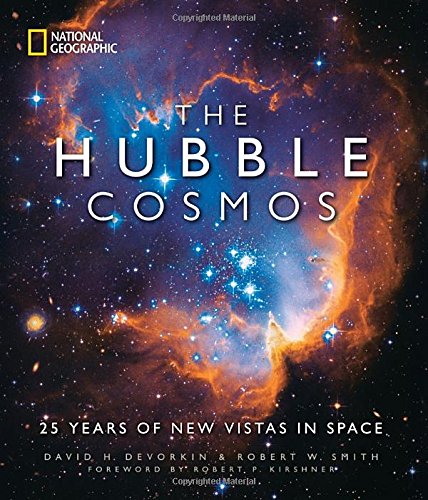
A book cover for The Hubble Cosmos: 25 Years of New Vistas in Space; David H. Devorkin; Engineering & Transportation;